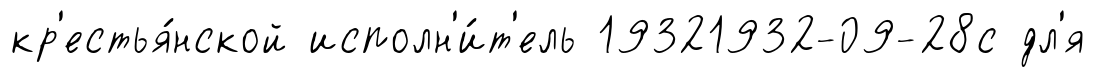
кр'естья́нской исполн'и́т'ель 19321932-09-28с дл'я